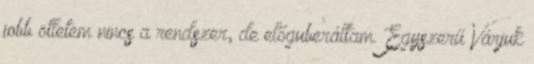
jobb ötletem nincs a rendszer, de előguberáltam. Egyszerű Várjuk